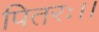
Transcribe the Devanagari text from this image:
पितरः।।